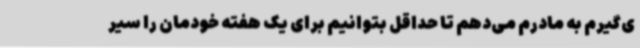
ی‌گیرم به مادرم می‌دهم تا حداقل بتوانیم برای یک هفته خودمان را سیر